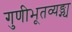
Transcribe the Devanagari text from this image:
गुणीभूतव्यङ्ग्य